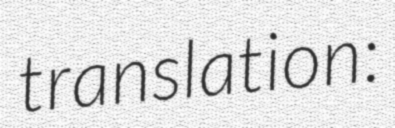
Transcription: translation: